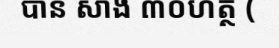
បាន សាង ៣០ហត្ថ (